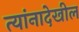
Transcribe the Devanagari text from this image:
त्यांनादेखील